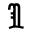
\Im